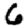
Digit: 6